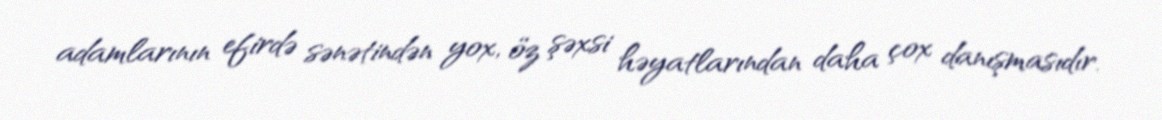
adamlarının efirdə sənətindən yox, öz şəxsi həyatlarından daha çox danışmasıdır.